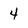
Character: 4